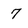
Character: 7